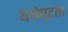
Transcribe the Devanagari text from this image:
यथेष्टता